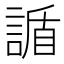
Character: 䛻